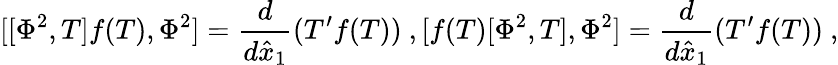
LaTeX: [[\Phi^{2},T]f(T),\Phi^{2}]=\frac{d}{d\hat{x}_{1}}(T^{\prime}f(T))\ ,[f(T)[\Phi^{2},T],\Phi^{2}]=\frac{d}{d\hat{x}_{1}}(T^{\prime}f(T))\ ,